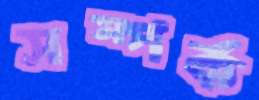
সম্পর্ক